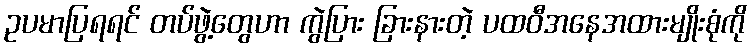
ဥပမာပြရရင် တပ်ဖွဲ့တွေဟာ ကွဲပြား ခြားနားတဲ့ ပထဝီအနေအထားမျိုးစုံကို